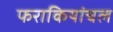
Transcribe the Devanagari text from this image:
फराकियांचल